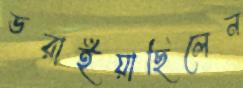
ডরাইয়াছিলেন